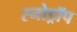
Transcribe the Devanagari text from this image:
स्नोड्रॉप